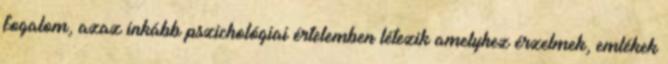
fogalom, azaz inkább pszichológiai értelemben létezik amelyhez érzelmek, emlékek